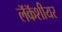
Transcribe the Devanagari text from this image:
लॅकॅशीयर